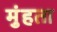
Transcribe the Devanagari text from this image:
मुंहता